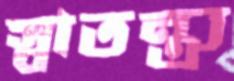
স্বাতন্ত্র্য